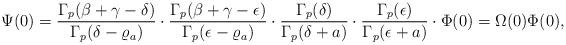
LaTeX: \begin{align*}\Psi(0)=\frac{\Gamma_p(\beta+\gamma-\delta)}{\Gamma_p(\delta-\varrho_a)}\cdot \frac{\Gamma_p(\beta+\gamma-\epsilon)}{\Gamma_p(\epsilon-\varrho_a)}\cdot\frac{\Gamma_p(\delta)}{\Gamma_p(\delta+a)}\cdot\frac{\Gamma_p(\epsilon)}{\Gamma_p(\epsilon+a)}\cdot\Phi(0)=\Omega(0)\Phi(0),\end{align*}